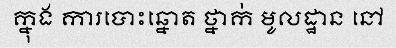
ក្នុង ការបោះឆ្នោត ថ្នាក់ មូលដ្ឋាន នៅ